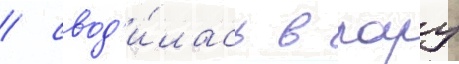
/ свод'и́лась в пару